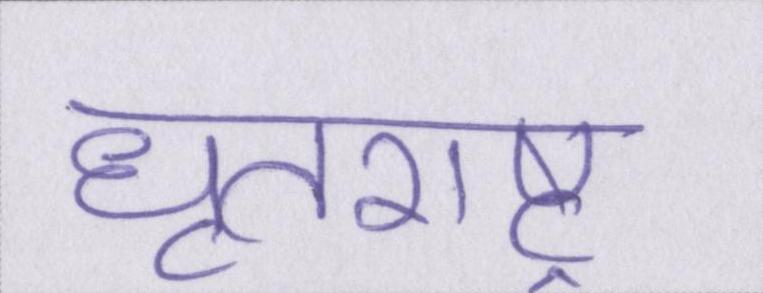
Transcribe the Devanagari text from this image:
धॄतराष्ट्र